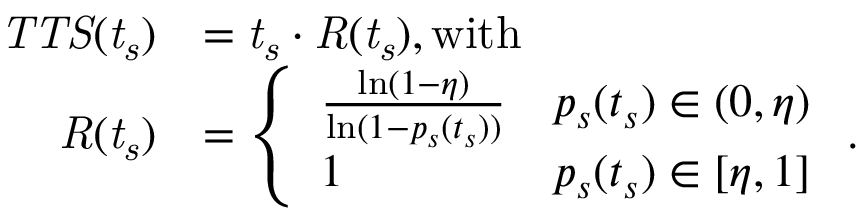
\begin{array} { r l } { \mathit { T T S ( t _ { s } ) } } & { = \mathit { t _ { s } } \cdot \mathit { R ( t _ { s } ) } , \mathrm { w i t h } } \\ { \mathit { R ( t _ { s } ) } } & { = \left\{ \begin{array} { l l } { \frac { \ln ( 1 - \eta ) } { \ln ( 1 - p _ { s } ( t _ { s } ) ) } } & { p _ { s } ( t _ { s } ) \in ( 0 , \eta ) } \\ { 1 } & { p _ { s } ( t _ { s } ) \in [ \eta , 1 ] } \end{array} \right. . } \end{array}